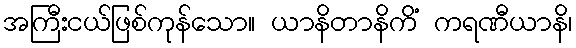
အကြီးငယ်ဖြစ်ကုန်သော။ ယာနိတာနိကိံ ကရဏီယာနိ၊